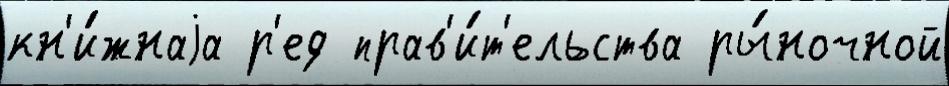
кн'и́жнаjа р'ед прав'и́т'ельства ры́ночной